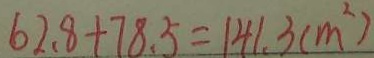
6 2 . 8 + 7 8 . 5 = 1 4 1 . 3 ( m ^ { 2 } )